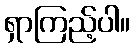
ရှာကြည့်ပါ။